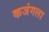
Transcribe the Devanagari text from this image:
कजंगला